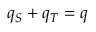
q _ { S } + q _ { T } = q